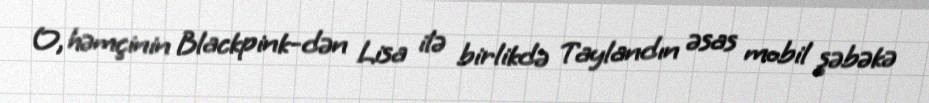
O, həmçinin Blackpink-dən Lisa ilə birlikdə Taylandın əsas mobil şəbəkə